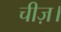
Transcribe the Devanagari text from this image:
चीज़।